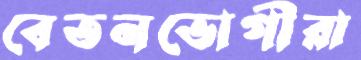
বেতনভোগীরা